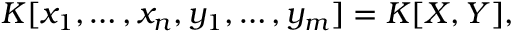
K [ x _ { 1 } , \ldots , x _ { n } , y _ { 1 } , \ldots , y _ { m } ] = K [ X , Y ] ,